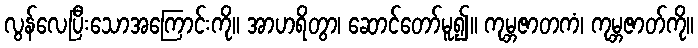
လွန်လေပြီးသောအကြောင်းကို။ အာဟရိတွာ၊ ဆောင်တော်မူ၍။ ကုမ္ဘဇာတကံ၊ ကုမ္ဘဇာတ်ကို။